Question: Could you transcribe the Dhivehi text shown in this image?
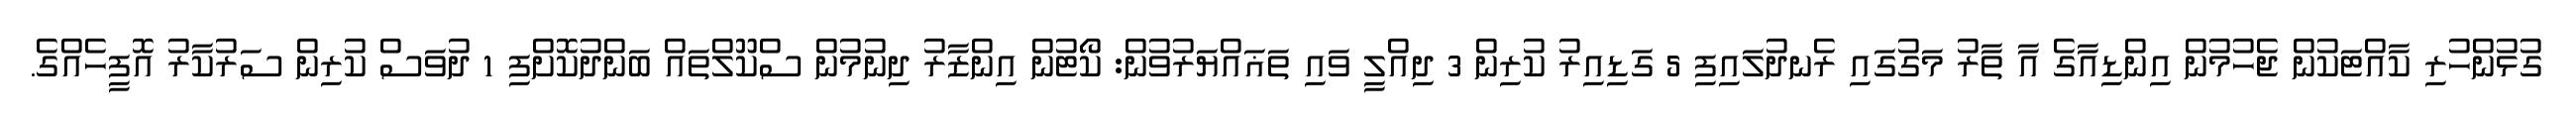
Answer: ގުޅުންހުރި ކާއްޓަކުން ޖެހުމުން އިންޑިއާގެ އާ ތާރު މަގުގައި ރެނދުލައިފި 5 ގަޑިއިރު ކުރިން 3 ދިއްލީ ވައި ތަޣައްޔަރުވުން: ކޯޓުން އިންޒާރު ދިނުމުން ސްކޫލްތައް ބަންދުކޮށްފި 1 ދުވަސް ކުރިން ސަރުކާރު އޮފީހެއްގެ.